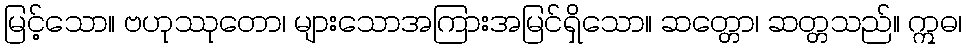
မြင့်သော။ ဗဟုဿုတော၊ များသောအကြားအမြင်ရှိသော။ ဆတ္တော၊ ဆတ္တသည်။ ဣဓ၊